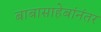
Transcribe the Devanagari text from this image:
बाबासाहेबांनंतर